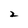
Character: 2